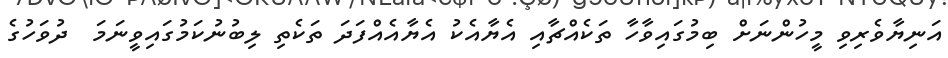
އަނިޔާވެރިވި މީހުންނަށް ބިމުގައިވާހާ ތަކެއްޗާއި އެޔާއެކު އެޔާއެއްފަދަ ތަކެތި ލިބުނުކަމުގައިވީނަމަ  ދުވަހުގެ